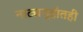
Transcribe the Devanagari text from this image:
नाट्यगृहांतही